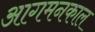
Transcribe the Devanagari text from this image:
आगमनकाल